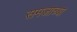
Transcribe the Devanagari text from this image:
समजाच्या